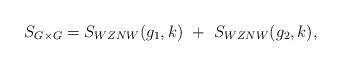
LaTeX: \begin{align*}S_{G\times G}=S_{WZNW}(g_1,k)~+~S_{WZNW}(g_2,k),\end{align*}